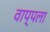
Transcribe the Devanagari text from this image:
वाप्पला